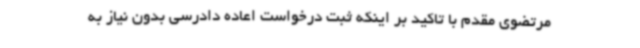
مرتضوی مقدم با تاکید بر اینکه ثبت درخواست اعاده دادرسی بدون نیاز به